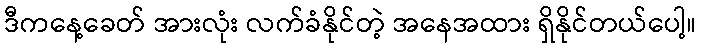
ဒီကနေ့ခေတ် အားလုံး လက်ခံနိုင်တဲ့ အနေအထား ရှိနိုင်တယ်ပေါ့။